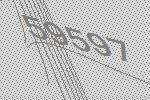
59597